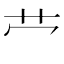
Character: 𫇦